Lunatic asylums in Bengal annual reports 1912-1924 - 1912-1924
Year: 1912
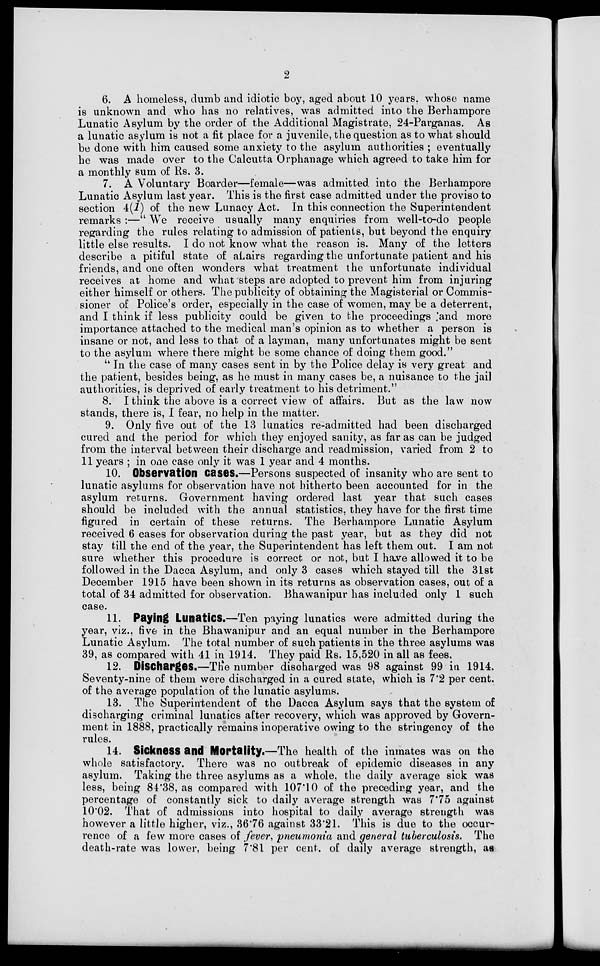
2
6. A homeless, dumb and idiotic boy, aged about 10 years, whose name
is unknown and who has no relatives, was admitted into the Berhampore
Lunatic Asylum by the order of the Additional Magistrate, 24-Parganas. As
a lunatic asylum is not a fit place for a juvenile, the question as to what should
be done with him caused some anxiety to the asylum authorities ; eventually
he was made over to the Calcutta Orphanage which agreed to take him for
a monthly sum of Rs. 3.
7. A Voluntary Boarder—female—was admitted into the Berhampore
Lunatic Asylum last year. This is the first case admitted under the proviso to
section 4(1) of the new Lunacy Act. In this connection the Superintendent
remarks :—" We receive usually many enquiries from well-to-do people
regarding the rules relating to admission of patients, but beyond the enquiry
little else results. I do not know what the reason is. Many of the letters
describe a pitiful state of affairs regarding the unfortunate patient and his
friends, and one often wonders what treatment the unfortunate individual
receives at home and what steps are adopted to prevent him from injuring
either himself or others. The publicity of obtaining the Magisterial or Commis-
sioner of Police's order, especially in the case of women, may be a deterrent,
and I think if less publicity could be given to the proceedings 'and more
importance attached to the medical man's opinion as to whether a person is
insane or not, and less to that of a layman, many unfortunates might be sent
to the asylum where there might be some chance of doing them good."
" In the case of many cases sent in by the Police delay is very great and
the patient, besides being, as he must in many cases be, a nuisance to the jail
authorities, is deprived of early treatment to his detriment."
8. I think the above is a correct view of affairs. But as the law now
stands, there is, I fear, no help in the matter.
9. Only five out of the 13 lunatics re-admitted had been discharged
cured and the period for which they enjoyed sanity, as far as can be judged
from the interval between their discharge and readmission, varied from 2 to
11 years ; in one case only it was 1 year and 4 months.
10. Observation cases.—Persons suspected of insanity who are sent to
lunatic asylums for observation have not hitherto been accounted for in the
asylum returns. Government having ordered last year that such cases
should be included with the annual statistics, they have for the first time
figured in certain of these returns. The Berhampore Lunatic Asylum
received 6 cases for observation during the past year, but as they did not
stay till the end of the year, the Superintendent has left them out. I am not
sure whether this procedure is correct or not, but I have allowed it to be
followed in the Dacca Asylum, and only 3 cases which stayed till the 31st
December 1915 have been shown in its returns as observation cases, out of a
total of 34 admitted for observation. Bhawanipur has included only 1 such
case.
11. Paying Lunatics.—Ten paying lunatics were admitted during the
year, viz., five in the Bhawanipur and an equal number in the Berhampore
Lunatic Asylum. The total number of such patients in the three asylums was
39, as compared with 41 in 1914. They paid Rs. 15,520 in all as fees.
12. Discharges.—The number discharged was 98 against 99 in 1914.
Seventy-nine of them were discharged in a cured state, which is 7.2 per cent.
of the average population of the lunatic asylums.
13. The Superintendent of the Dacca Asylum says that the system of
discharging criminal lunatics after recovery, which was approved by Govern-
ment in 1888, practically remains inoperative owing to the stringency of the
rules.
14. Sickness and Mortality.—The health of the inmates was on the
whole satisfactory. There was no outbreak of epidemic diseases in any
asylum. Taking the three asylums as a whole, the daily average sick was
less, being 84.38, as compared with 107.10 of the preceding year, and the
percentage of constantly sick to daily average strength was 7.75 against
10.02. That of admissions into hospital to daily average strength was
however a little higher, viz., 36.76 against 33.21. This is due to the occur-
rence of a few more cases of fever, pneumonia and general tuberculosis. The
death-rate was lower, being 7.81 per cent. of daily average strength, as